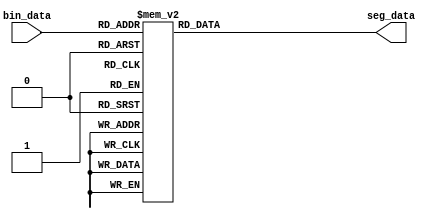
module seg_decoder
(
	input[3:0]      bin_data,
	output reg[6:0] seg_data
);

always@(*)
begin
	case(bin_data)
		4'd0:seg_data <= 7'b100_0000;
		4'd1:seg_data <= 7'b111_1001;
		4'd2:seg_data <= 7'b010_0100;
		4'd3:seg_data <= 7'b011_0000;
		4'd4:seg_data <= 7'b001_1001;
		4'd5:seg_data <= 7'b001_0010;
		4'd6:seg_data <= 7'b000_0010;
		4'd7:seg_data <= 7'b111_1000;
		4'd8:seg_data <= 7'b000_0000;
		4'd9:seg_data <= 7'b001_0000;
		4'ha:seg_data <= 7'b000_1000;
		4'hb:seg_data <= 7'b000_0011;
		4'hc:seg_data <= 7'b100_0110;
		4'hd:seg_data <= 7'b010_0001;
		4'he:seg_data <= 7'b000_0110;
		4'hf:seg_data <= 7'b000_1110;
		default:seg_data <= 7'b111_1111;
	endcase
end
endmodule